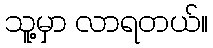
သူ့မှာ လာရတယ်။